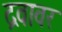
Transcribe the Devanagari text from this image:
द्रवावर